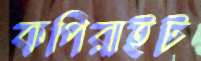
কপিরাইট